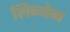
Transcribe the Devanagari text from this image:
लिग्नेन